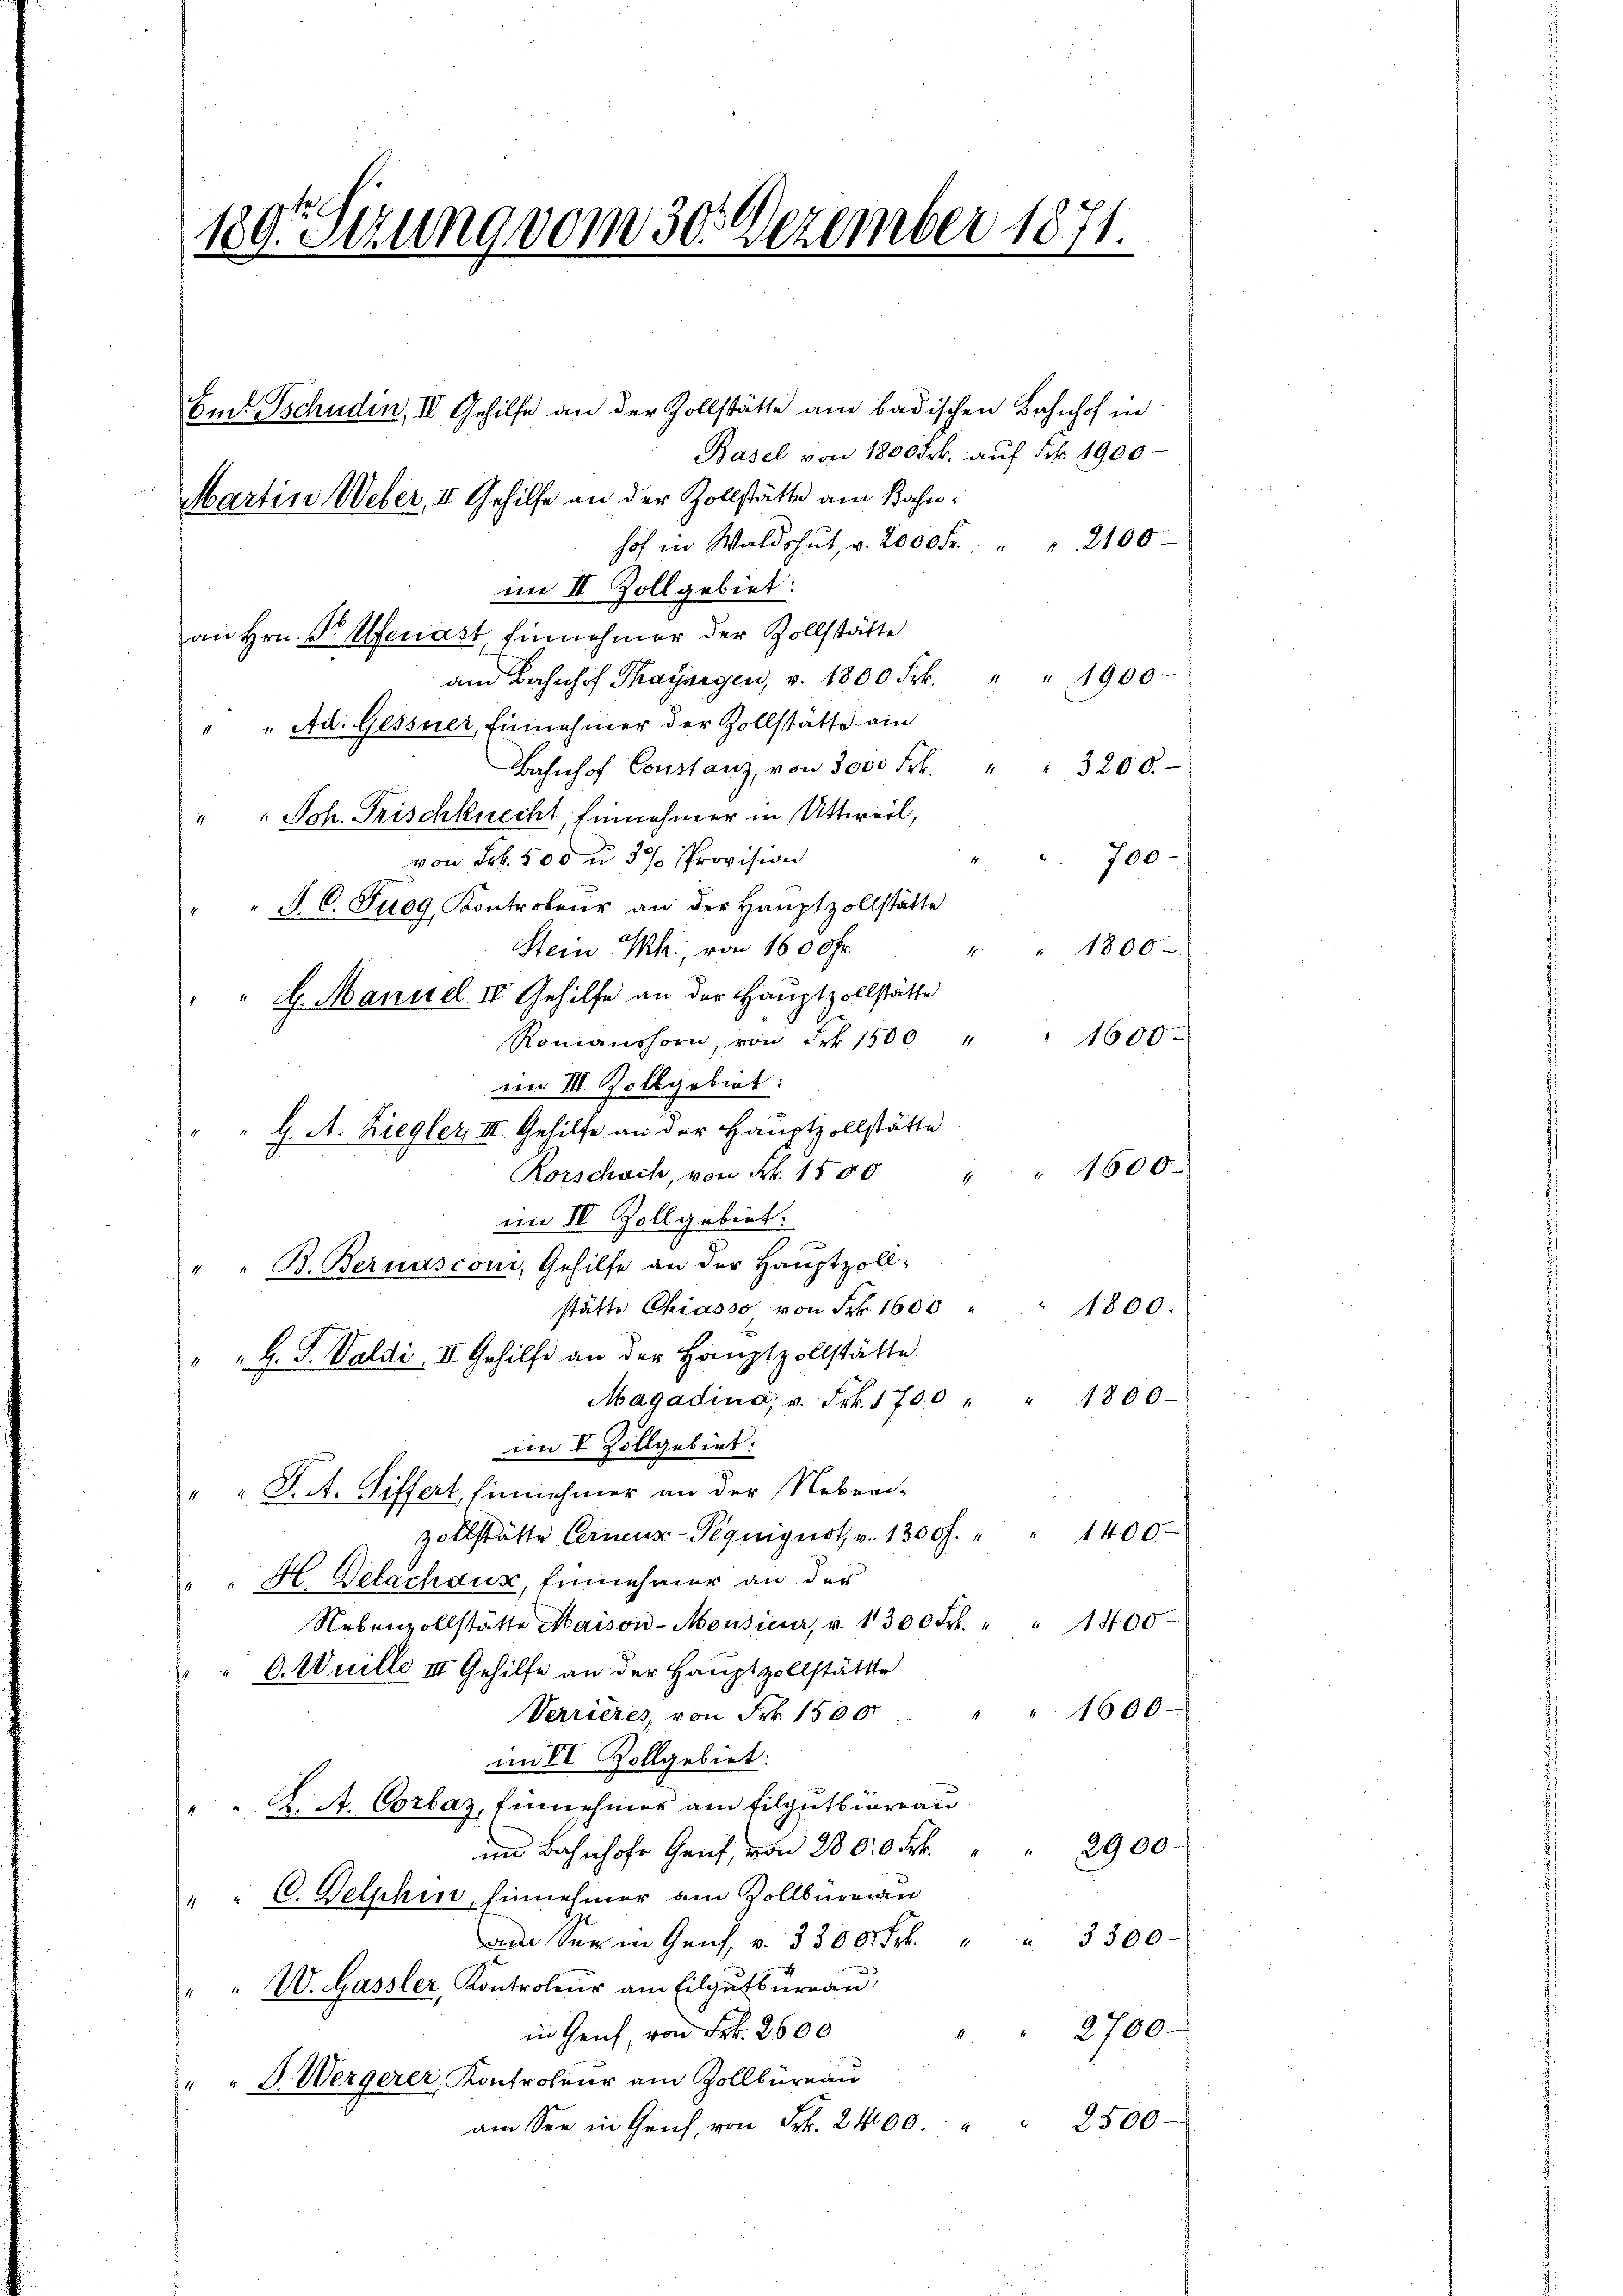
189. Sizung vom 30. Dezember 1871.
Em Tschudin, II Gehilfe an der Zollstätte am badischen Bahnhof in
Basel von 1800 Frk. auf Frk. 1900
Martin Weber, II Gehilfe an der Zollstätte am Bahnhof in Waldshut, v. 2000 Fr. " " 2100
im II Zoll gebiet:
an Hrn. P. Ufenast, Einnehmer der Zollstätte

am Bahnhof Thaysagen, v. 1800 Frk. " " 1900.
" " Ad. Gessner, Einnehmer der Zollstatte am
Bahnhof Constanz, von 3000 Frk. " " 3200.
" " Joh. Frischknecht, Einnehmer in Uttweil,
von Frk. 500 u 3% Provision
700
"" P. C. Tuog Kontroleur an der Haŭptzollstätte
Stein Ph., von 1600 Fr.
" 1800
H
 9. Manuel IV. Gehilfe an der Hauptzollstätte
 1600.
Ronianshorn, von Frk. 1500 "
im III Zollgebiet:
" " G. A. Riegler, III. Gehilfe an der Hauptzollstätte
" 1600.
Rorschach, von Frk. 1500
4
im IV Zollgebiet:
" " B. Bernasconi, Gehilfe an der Hauptzoll-
stätte Chiasso von Frk. 1600
" 1800.
" " G. P. Valdi II Gehilfe an der Hauptzollstätte
Magadino, v. Frk. 1700 " " 1800.
imm V Zollgebiet:
" " J. A. Siffert, Einnehmer an der Neben-
zollstätte Cerneuz-Peguigust v. 1300 f. " " 1400
" " H. Delachsur, Einnehmer an der
Nebenvollstätte Maison-Monsieur, v. 1300 Frk. " " 1400
v. 6. Muille II Gehilfe an der Hauptzollstättte
Verrieres, von Frk. 1500 " " 1600
im II Zollgebiet:
" " K. A. Corbas, Einnehmer am Tilgutbüreau
im Bahnhofe Genf, von 2800 Frk. " " 2900.
" " C. Delphin, hinnehmer am Zollbureau
ad Sei in Genf, v. 3300. Frk. " " 3300
" " W. Gassler, Kontroleur am Eilgutbureau
" 2700.
in Genf, von Frk. 2600
" " G. Wergerer, Kontroleur am Zollbüreau
am See in Genf von Frk. 2400 " " 2500.